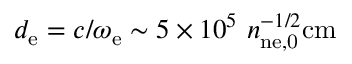
d _ { \mathrm { e } } = c / \omega _ { \mathrm { e } } \sim 5 \times 1 0 ^ { 5 } ~ n _ { \mathrm { n { e , } 0 } } ^ { - 1 / 2 } \mathrm { c m }